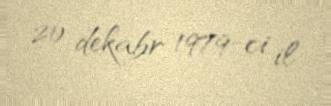
20 dekabr 1979-ci il